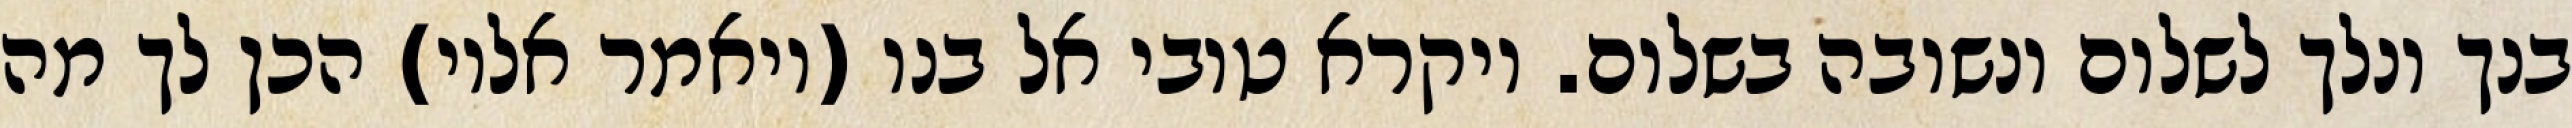
בנך ונלך לשלום ונשובה בשלום. ויקרא טובי אל בנו (ויאמר אליו) הכן לך מה